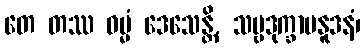
တေ တဿ ဓမ္မံ ဒေသေန္တိ, သဗ္ဗဒုက္ခာပနူဒနံ၊